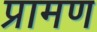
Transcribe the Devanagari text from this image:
प्रामण